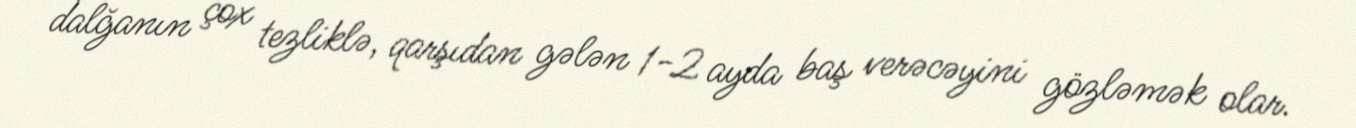
dalğanın çox tezliklə, qarşıdan gələn 1-2 ayda baş verəcəyini gözləmək olar.